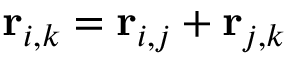
\mathbf { r } _ { i , k } = \mathbf { r } _ { i , j } + \mathbf { r } _ { j , k }